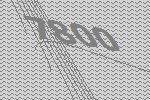
7800